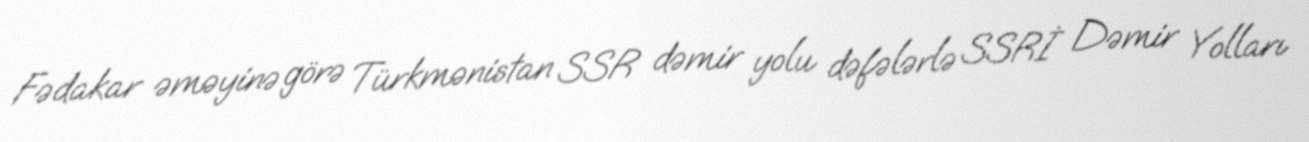
Fədakar əməyinə görə Türkmənistan SSR dəmir yolu dəfələrlə SSRİ Dəmir Yolları